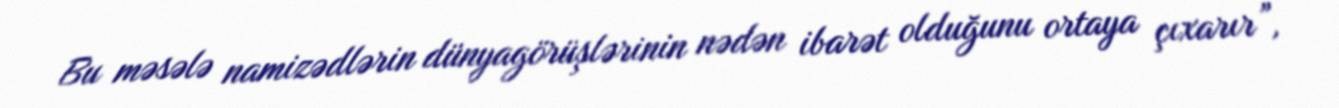
Bu məsələ namizədlərin dünyagörüşlərinin nədən ibarət olduğunu ortaya çıxarır”,